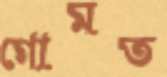
গোমত